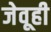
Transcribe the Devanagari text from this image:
जेवूही